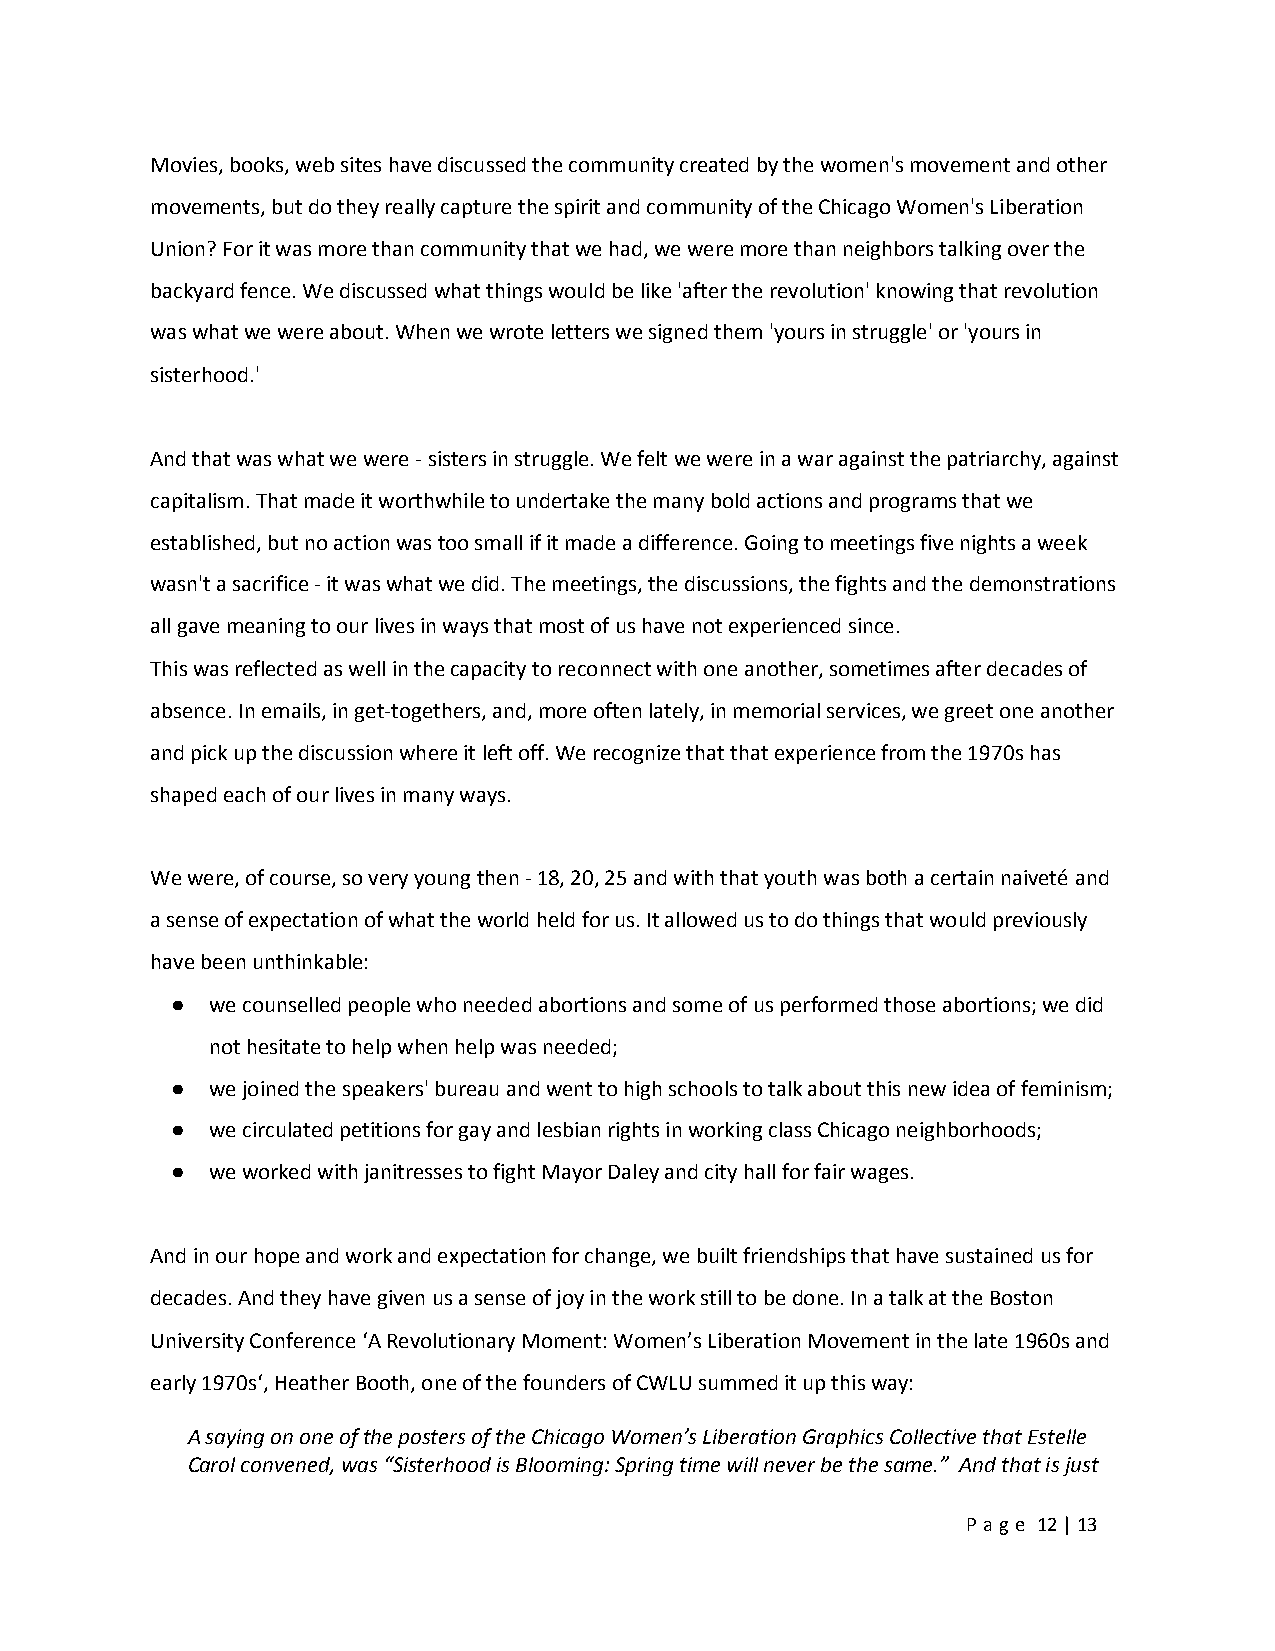
Movies, books, web sites have discussed the community created by the women's movement and other
 movements, but do they really capture the spirit and community of the Chicago Women's Liberation
 Union? For it was more than community that we had, we were more than neighbors talking over the
 backyard fence. We discussed what things would be like 'after the revolution' knowing that revolution
 was what we were about. When we wrote letters we signed them 'yours in struggle' or 'yours in
 sisterhood.'
 And that was what we were - sisters in struggle. We felt we were in a war against the patriarchy, against
 capitalism. That made it worthwhile to undertake the many bold actions and programs that we
 established, but no action was too small if it made a difference. Going to meetings five nights a week
 wasn't a sacrifice - it was what we did. The meetings, the discussions, the fights and the demonstrations
 all gave meaning to our lives in ways that most of us have not experienced since.
 This was reflected as well in the capacity to reconnect with one another, sometimes after decades of
 absence. In emails, in get-togethers, and, more often lately, in memorial services, we greet one another
 and pick up the discussion where it left off. We recognize that that experience from the 1970s has
 shaped each of our lives in many ways.
 We were, of course, so very young then - 18, 20, 25 and with that youth was both a certain naiveté and
 a sense of expectation of what the world held for us. It allowed us to do things that would previously
 have been unthinkable:
 ●  we counselled people who needed abortions and some of us performed those abortions; we did
 not hesitate to help when help was needed;
 ●  we joined the speakers' bureau and went to high schools to talk about this new idea of feminism;
 ●  we circulated petitions for gay and lesbian rights in working class Chicago neighborhoods;
 ●  we worked with janitresses to fight Mayor Daley and city hall for fair wages.
 And in our hope and work and expectation for change, we built friendships that have sustained us for
 decades. And they have given us a sense of joy in the work still to be done. In a talk at the Boston
 University Conference ‘A Revolutionary Moment: Women’s Liberation Movement in the late 1960s and
 early 1970s‘, Heather Booth, one of the founders of CWLU summed it up this way:
 A saying on one of the posters of the Chicago Women’s Liberation Graphics Collective that Estelle
 Carol convened, was “Sisterhood is Blooming: Spring time will never be the same.” And that is just
 Pa ge 12 | 13